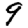
Digit: 9